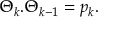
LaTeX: \Theta _ { k } . \Theta _ { k - 1 } = p _ { k } .